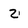
Character: 2